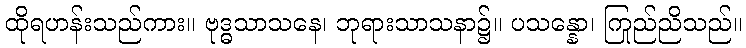
ထိုရဟန်းသည်ကား။ ဗုဒ္ဓသာသနေ၊ ဘုရားသာသနာ၌။ ပသန္နော၊ ကြည်ညိုသည်။